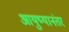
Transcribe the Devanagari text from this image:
आयुष्यानंतर